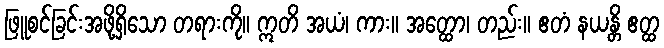
ဖြူစင်ခြင်းအဖို့ရှိသော တရားကို။ ဣတိ အယံ၊ ကား။ အတ္ထော၊ တည်း။ ဧတံ နယန္တိ ဧတ္ထ